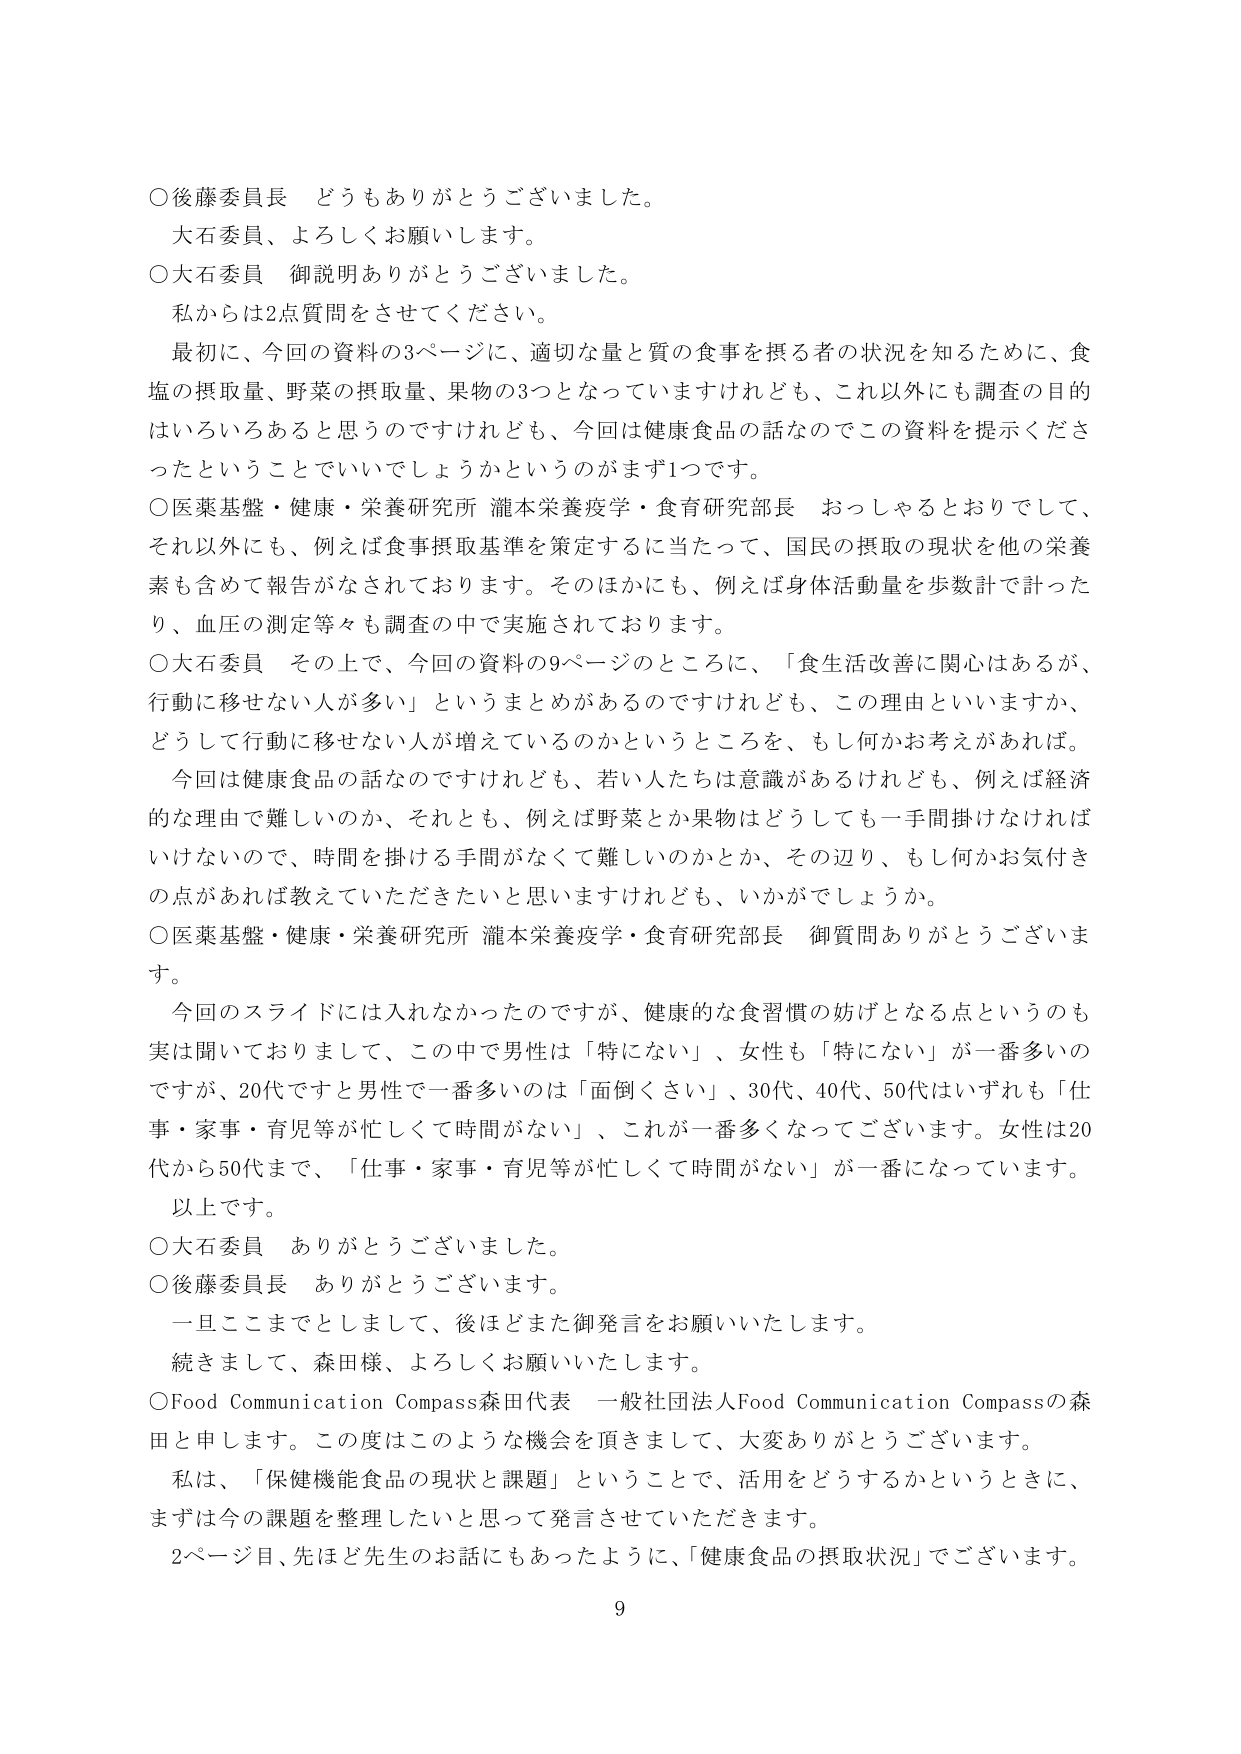
○後藤委員長　どうもありがとうございました。
大石委員、よろしくお願いします。
○大石委員　御説明ありがとうございました。
私からは2点質問をさせてください。
最初に、今回の資料の3ページに、適切な量と質の食事を摂る者の状況を知るために、食塩の摂取量、野菜の摂取量、果物の3つとなっていますけれども、これ以外にも調査の目的はいろいろあると思うのですけれども、今回は健康食品の話なのでこの資料を提示くださったということでいいでしょうかというのがまず1つです。
○医薬基盤・健康・栄養研究所 瀧本栄養疫学・食育研究部長　おっしゃるとおりでして、それ以外にも、例えば食事摂取基準を策定するに当たって、国民の摂取の現状を他の栄養素も含めて報告がなされております。そのほかにも、例えば身体活動量を歩数計で計ったり、血圧の測定等々も調査の中で実施されております。
○大石委員　その上で、今回の資料の9ページのところに、「食生活改善に関心はあるが、行動に移せない人が多い」というまとめがあるのですけれども、この理由といいますか、どうして行動に移せない人が増えているのかというところを、もし何かお考えがあれば。
今回は健康食品の話なんですけれども、若い人たちは意識があるけれども、例えば経済的な理由で難しいのか、それとも、例えば野菜とか果物はどうしても一手間掛けなければいけないので、時間を掛ける手間がなくて難しいのかとか、その辺り、もし何かお気付きの点があれば教えていただきたいと思いますけれども、いかがでしょうか。
○医薬基盤・健康・栄養研究所 瀧本栄養疫学・食育研究部長　御質問ありがとうございます。
今回のスライドには入れなかったのですが、健康的な食習慣の妨げとなる点というのも実は聞いておりまして、この中で男性は「特にない」、女性も「特にない」が一番多いのですが、20代ですと男性で一番多いのは「面倒くさい」、30代、40代、50代はいずれも「仕事・家事・育児等が忙しくて時間ががない」、これが一番多くなっております。女性は20代から50代まで、「仕事・家事・育児等が忙しくて時間ががない」が一番になっています。
以上です。
○大石委員　ありがとうございました。
○後藤委員長　ありがとうございます。
一旦ここまでとしまして、後ほどまた御発言をお願いいたします。
続きまして、森田様、よろしくお願いいたします。
○Food Communication Compass森田代表　一般社団法人Food Communication Compassの森田と申します。この度はこのような機会を頂きまして、大変ありがとうございます。
私は、「保健機能食品の現状と課題」ということで、活用をどうするかというときに、まずは今の課題を整理したいと思って発言させていただきます。
2ページ目、先ほど先生のお話にもあったように、「健康食品の摂取状況」でございます。
9